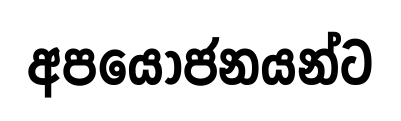
අපයෝජනයන්ට